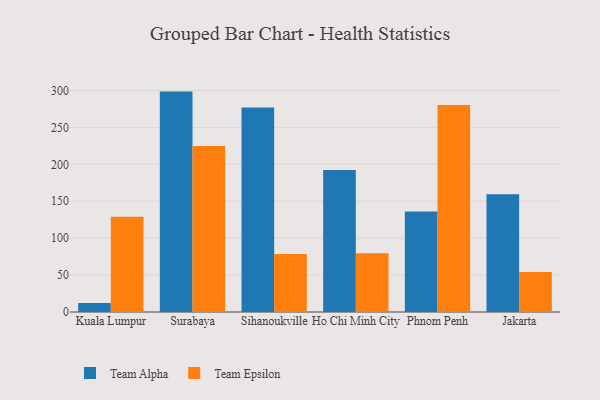
{"axis": {"x": "City", "y": "Humidity (%)"}, "legend": ["Team Alpha", "Team Epsilon"], "data": [{"x": "Kuala Lumpur", "y": 12.2, "type": "Team Alpha"}, {"x": "Kuala Lumpur", "y": 129.1, "type": "Team Epsilon"}, {"x": "Surabaya", "y": 298.5, "type": "Team Alpha"}, {"x": "Surabaya", "y": 224.8, "type": "Team Epsilon"}, {"x": "Sihanoukville", "y": 277.1, "type": "Team Alpha"}, {"x": "Sihanoukville", "y": 78.5, "type": "Team Epsilon"}, {"x": "Ho Chi Minh City", "y": 192.4, "type": "Team Alpha"}, {"x": "Ho Chi Minh City", "y": 79.7, "type": "Team Epsilon"}, {"x": "Phnom Penh", "y": 136.1, "type": "Team Alpha"}, {"x": "Phnom Penh", "y": 280.5, "type": "Team Epsilon"}, {"x": "Jakarta", "y": 159.4, "type": "Team Alpha"}, {"x": "Jakarta", "y": 54.3, "type": "Team Epsilon"}]}